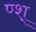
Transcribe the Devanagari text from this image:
ण्श्